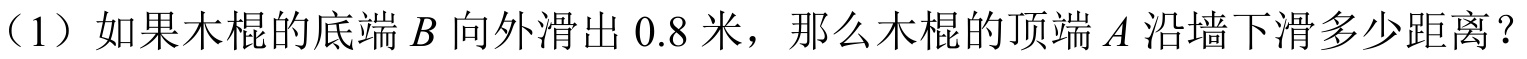
（1）如果木棍的底端\(B\)向外滑出\(0.8\)米，那么木棍的顶端\(A\)沿墙下滑多少距离？